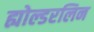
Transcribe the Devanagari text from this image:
ह्योल्डरलिन